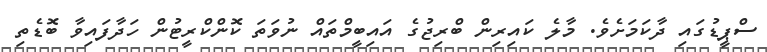
ސްޕީޑުގައި ދާކަމަށެވެ. މާލެ ކައިރިން ބްރިޖުގެ އައިބީމްތައް ނުވަތަ ކޮންކްރީޓުން ހަދާފައިވާ ބޮޑެތި